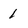
Character: 1